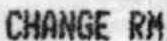
CHANGE RM